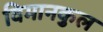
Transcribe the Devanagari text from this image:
विमानकुल